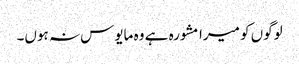
لوگوں کو میرا مشورہ ہے وہ مایوس نہ ہوں۔